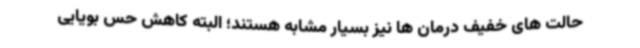
حالت های خفیف درمان ها نیز بسیار مشابه هستند؛ البته کاهش حس بویایی